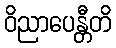
ဝိညာပေန္တီတိ